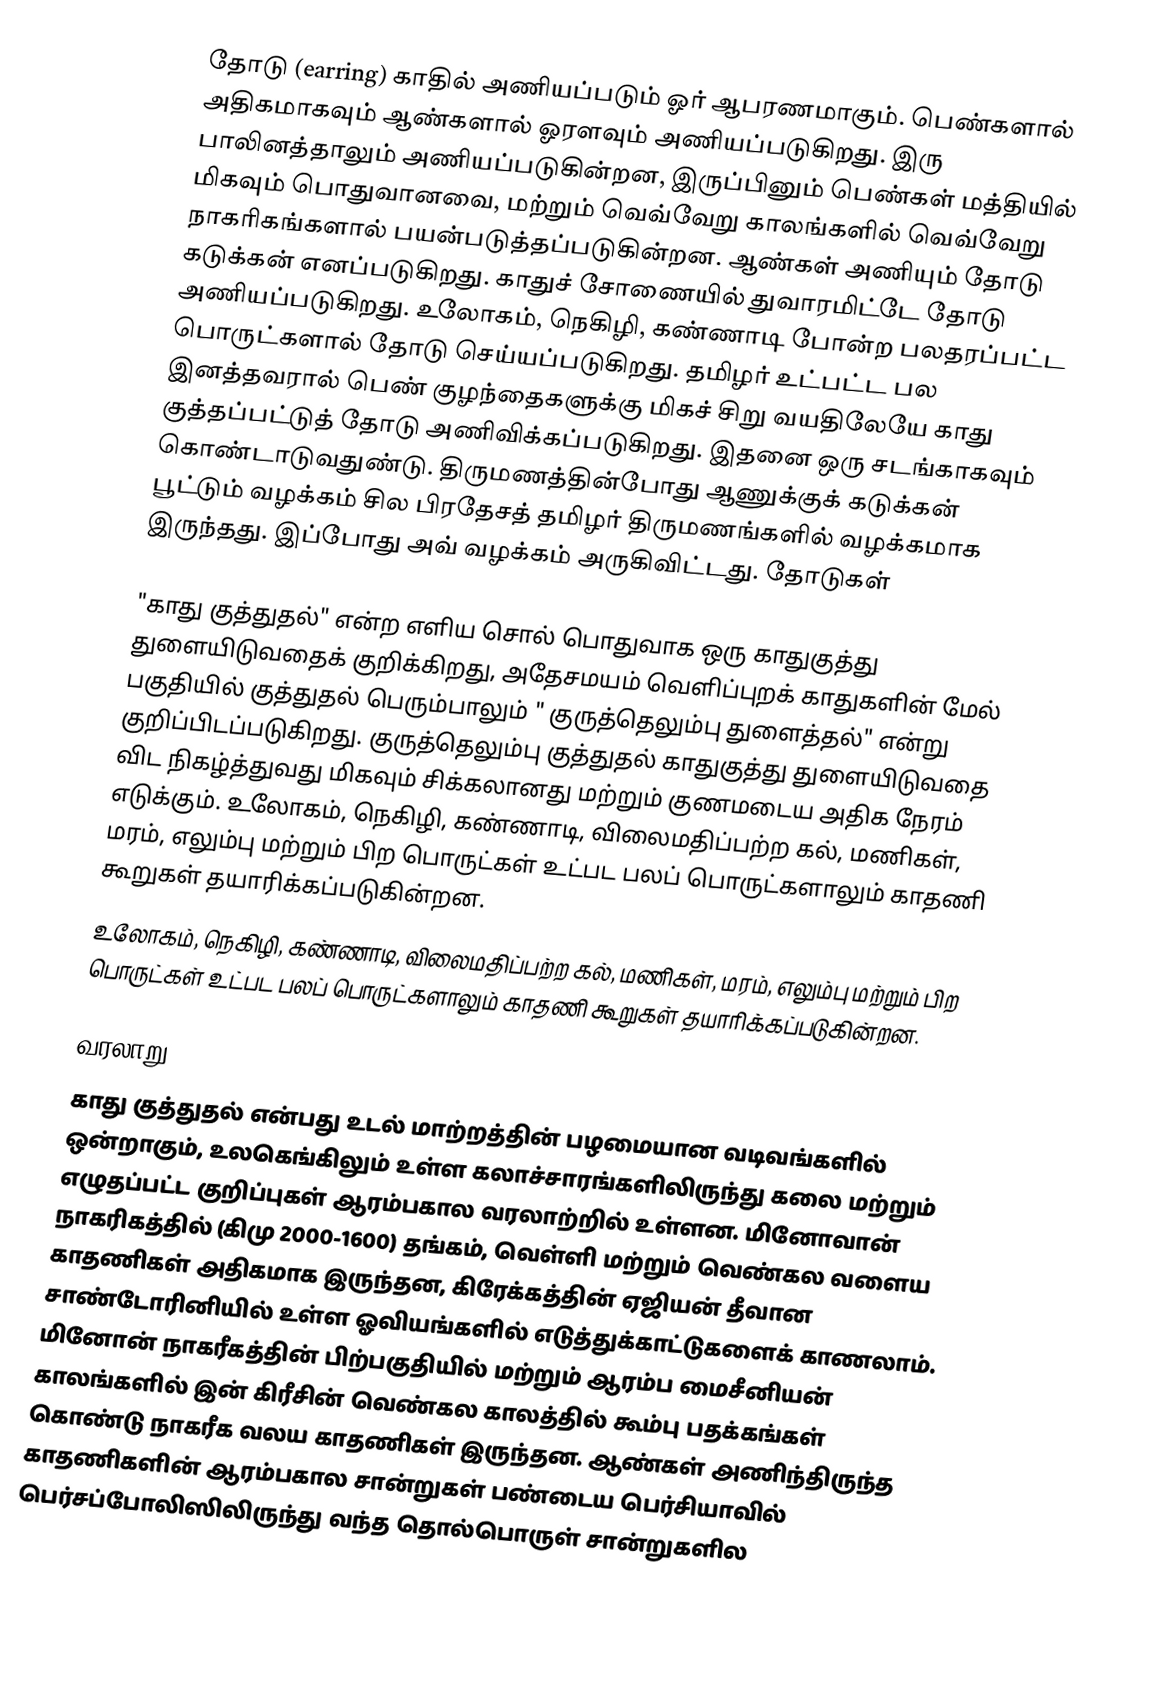
தோடு (earring) காதில் அணியப்படும் ஓர் ஆபரணமாகும். பெண்களால் அதிகமாகவும் ஆண்களால் ஓரளவும் அணியப்படுகிறது.  இரு பாலினத்தாலும் அணியப்படுகின்றன, இருப்பினும் பெண்கள் மத்தியில் மிகவும் பொதுவானவை, மற்றும் வெவ்வேறு காலங்களில் வெவ்வேறு நாகரிகங்களால் பயன்படுத்தப்படுகின்றன. ஆண்கள் அணியும் தோடு கடுக்கன் எனப்படுகிறது. காதுச் சோணையில் துவாரமிட்டே தோடு அணியப்படுகிறது. உலோகம், நெகிழி, கண்ணாடி போன்ற பலதரப்பட்ட பொருட்களால் தோடு செய்யப்படுகிறது. தமிழர் உட்பட்ட பல இனத்தவரால் பெண் குழந்தைகளுக்கு மிகச் சிறு வயதிலேயே காது குத்தப்பட்டுத் தோடு அணிவிக்கப்படுகிறது. இதனை ஒரு சடங்காகவும் கொண்டாடுவதுண்டு. திருமணத்தின்போது ஆணுக்குக் கடுக்கன் பூட்டும் வழக்கம் சில பிரதேசத் தமிழர் திருமணங்களில் வழக்கமாக இருந்தது. இப்போது அவ் வழக்கம் அருகிவிட்டது. தோடுகள்

"காது குத்துதல்" என்ற எளிய சொல் பொதுவாக ஒரு காதுகுத்து துளையிடுவதைக் குறிக்கிறது, அதேசமயம் வெளிப்புறக் காதுகளின் மேல் பகுதியில் குத்துதல் பெரும்பாலும் " குருத்தெலும்பு துளைத்தல்" என்று குறிப்பிடப்படுகிறது. குருத்தெலும்பு குத்துதல் காதுகுத்து துளையிடுவதை விட நிகழ்த்துவது மிகவும் சிக்கலானது மற்றும் குணமடைய அதிக நேரம் எடுக்கும். உலோகம், நெகிழி, கண்ணாடி, விலைமதிப்பற்ற கல், மணிகள், மரம், எலும்பு மற்றும் பிற பொருட்கள் உட்பட பலப் பொருட்களாலும் காதணி கூறுகள் தயாரிக்கப்படுகின்றன.
உலோகம், நெகிழி, கண்ணாடி, விலைமதிப்பற்ற கல், மணிகள், மரம், எலும்பு மற்றும் பிற பொருட்கள் உட்பட பலப் பொருட்களாலும் காதணி கூறுகள் தயாரிக்கப்படுகின்றன.

வரலாறு
காது குத்துதல் என்பது உடல் மாற்றத்தின் பழமையான வடிவங்களில் ஒன்றாகும், உலகெங்கிலும் உள்ள கலாச்சாரங்களிலிருந்து கலை மற்றும் எழுதப்பட்ட குறிப்புகள் ஆரம்பகால வரலாற்றில் உள்ளன. மினோவான் நாகரிகத்தில் (கிமு 2000-1600) தங்கம், வெள்ளி மற்றும் வெண்கல வளைய காதணிகள் அதிகமாக இருந்தன, கிரேக்கத்தின் ஏஜியன் தீவான சாண்டோரினியில் உள்ள ஓவியங்களில் எடுத்துக்காட்டுகளைக் காணலாம்.   மினோன் நாகரீகத்தின் பிற்பகுதியில் மற்றும் ஆரம்ப மைசீனியன் காலங்களில் இன் கிரீசின் வெண்கல காலத்தில் கூம்பு பதக்கங்கள் கொண்டு நாகரீக வலய காதணிகள்  இருந்தன. ஆண்கள் அணிந்திருந்த காதணிகளின் ஆரம்பகால சான்றுகள் பண்டைய பெர்சியாவில் பெர்சப்போலிஸிலிருந்து வந்த தொல்பொருள் சான்றுகளில